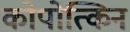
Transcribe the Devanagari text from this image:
कोपोत्किन